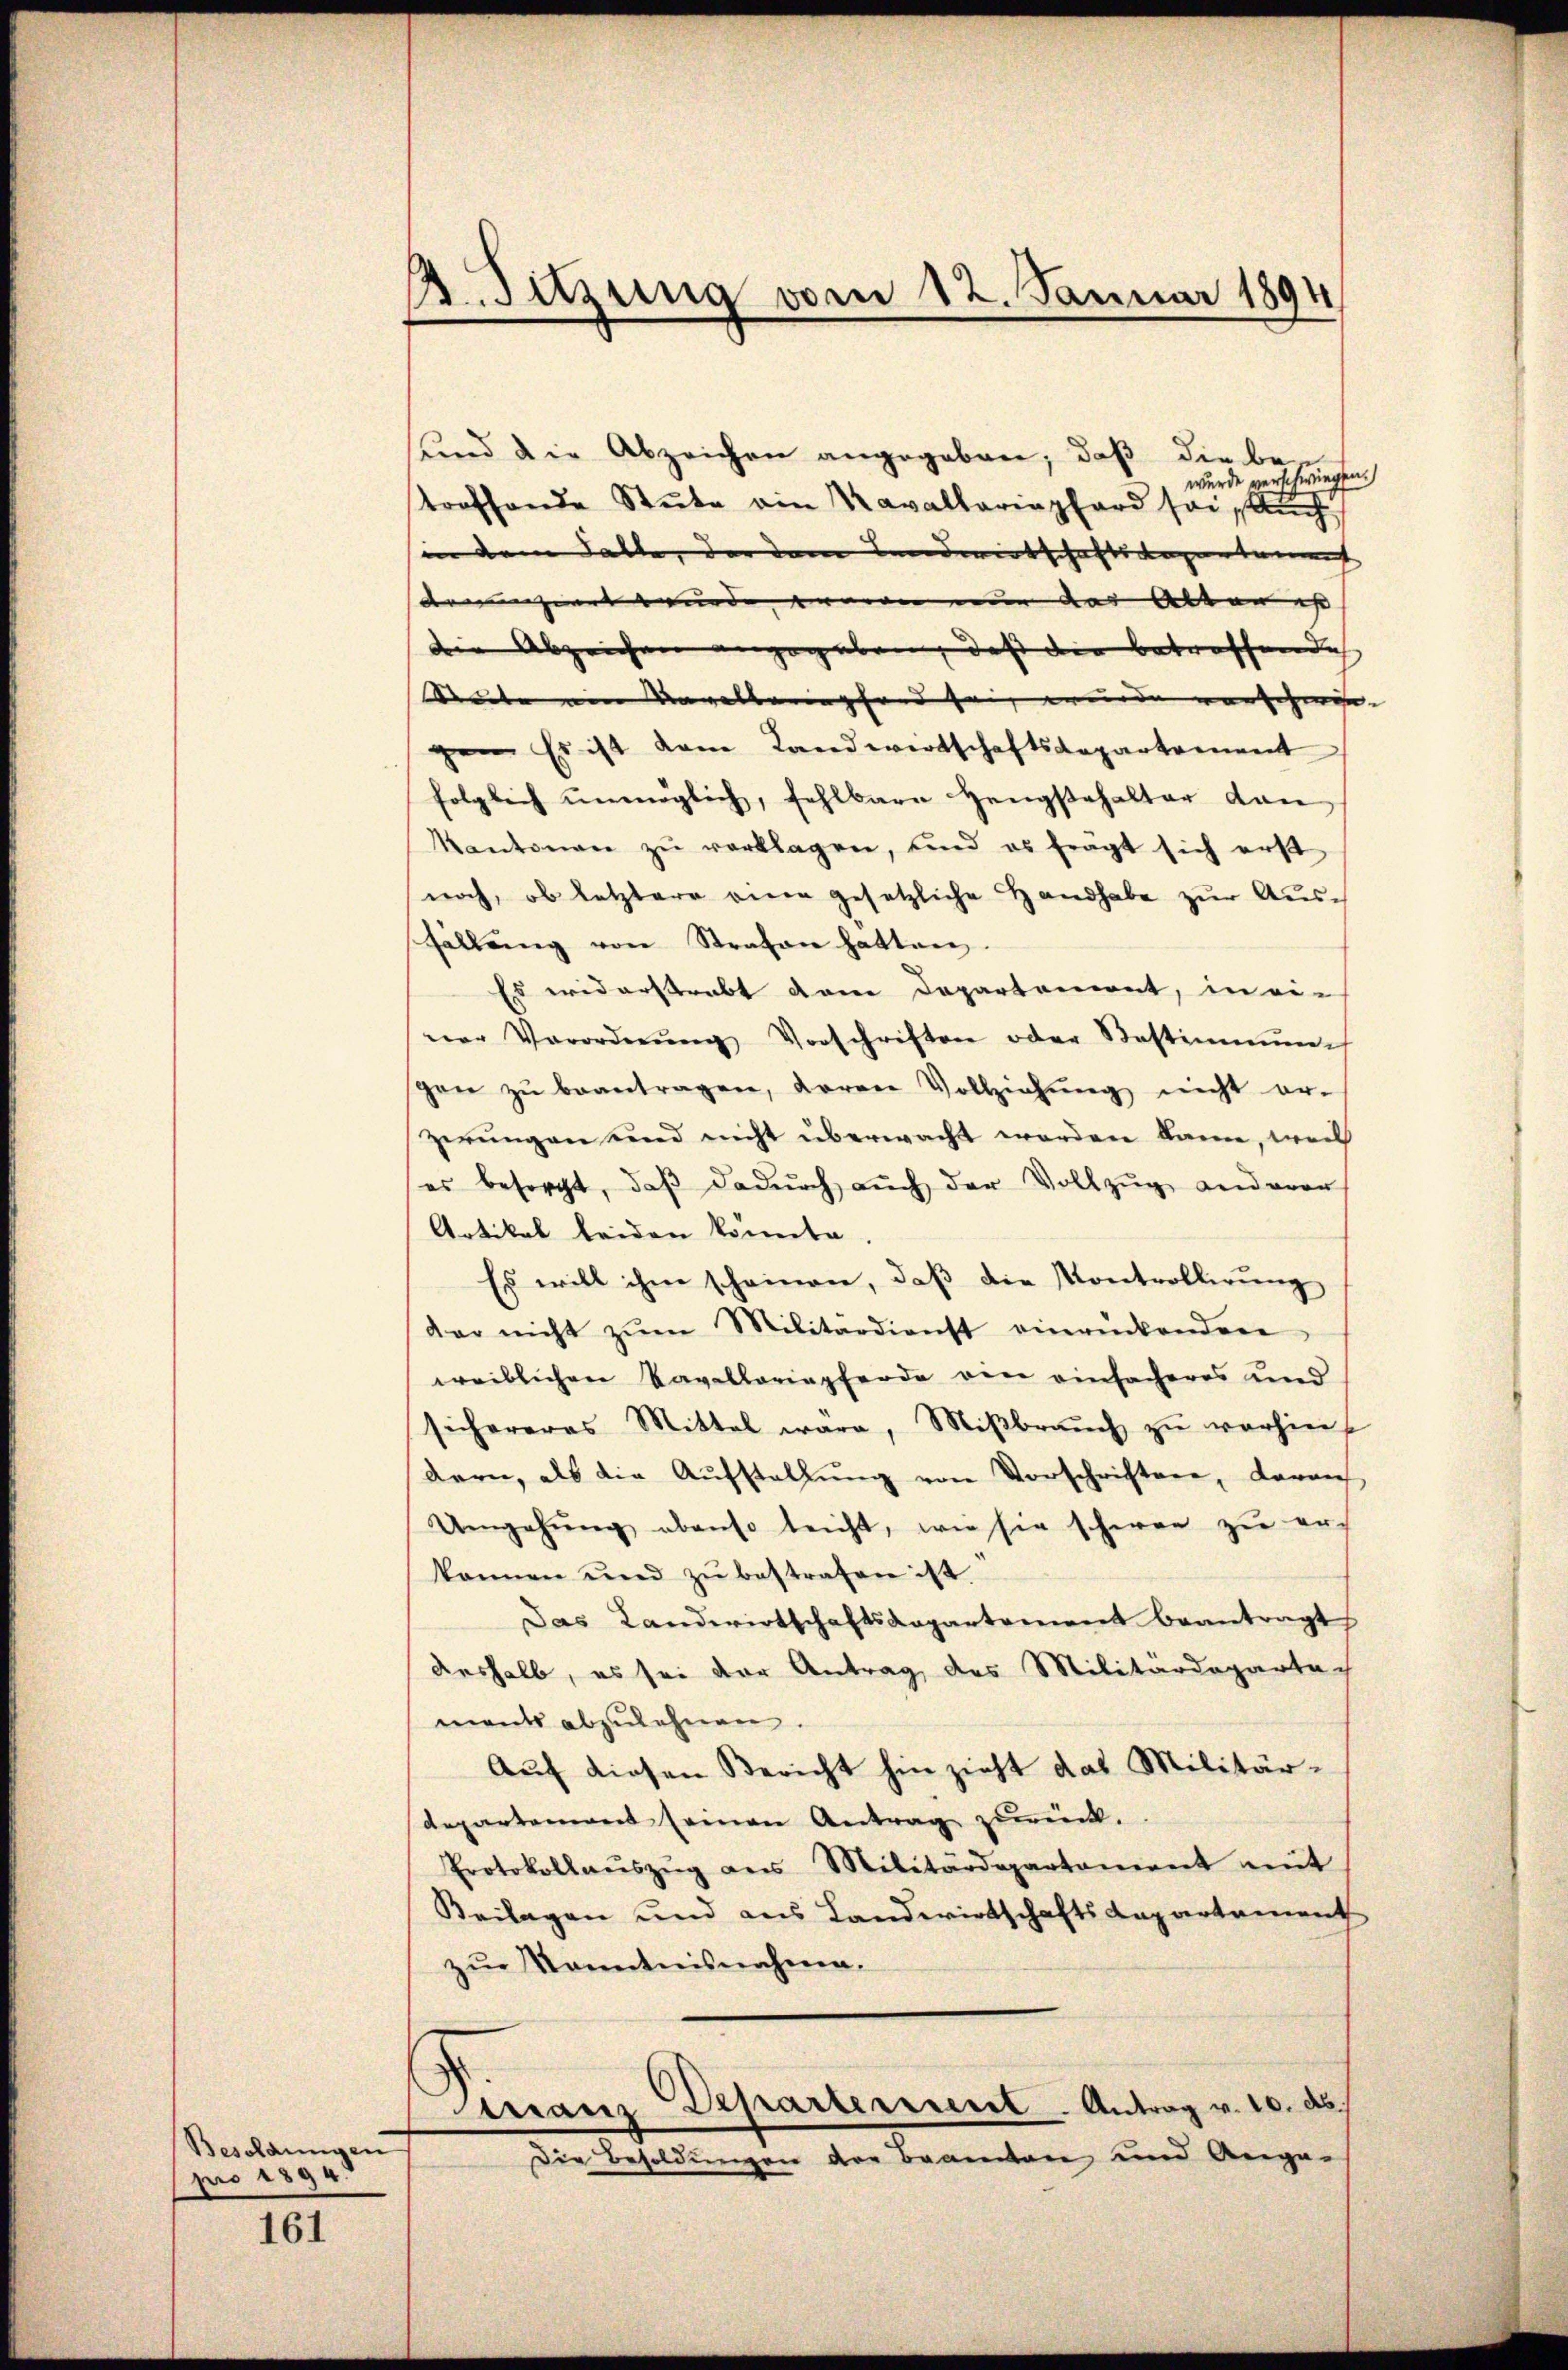
Besoldungen
pro 1894.

161

B sezung vom 12. Januar 1894

und die Abzeichen angegeben, daß die bewurde verschwiegen.
troffende Stube ein Kavallariaphard sei auch
in dem Falle, der dem Landwirtschaftsagentum
demanziert wurde, wovon nur das Alten ist
die Abzeichen angegeben, daß die betreffende
Seude ein Ungelbarenpfand sei, wurde vorschenge
gen. Es ist dem Landwirtschaftsdepartement
folglich ŭnmöglich, fehlbare Hengstehalter dan
Kantonen zŭ verklagen, und es fragt sich erst
noch, ob letztere ener gesetzliche Handhabe zur Ausfällŭng von Strafen hatten
Es widerstrebt dem Departement, in ein
ner Verordnŭng Vorschriften oder Bestimmen
gen zŭ beantragen, daran Vollziehung nicht er-
zerungen und nicht überwacht worden kann, weil
es besorgt, daβ dadŭrch auch der Vollzŭg anderer
Artikal beiden könnte
Es will ihm scheinen, daß die Kontrollirung
dar nicht zŭm Militärdienst einrückenden
weiblichen Kavellariapferde ein einfacheres und
sichereres Mittel wäre, Miβbraŭch zŭ verhin
dern, als die Aŭfstellŭng von Vorschriften, daran
Umgehŭng abenso leicht, wie sie schwer zŭ er
können und zŭ bestrafen ist
Das Landwirtschaftsdepartement beantragt
deshalb, es sei der Antrag des Militärdepartach
ments abzulehnen.
Auf diesen Bericht hin zieht das Militär¬
Repartement seinen Antrag zurück.
Protokollaŭszŭg ans Militärdepartement mit
Beilagen und aus Landwirtschafts-Kapartement
zur Kenntnisnahme.
Dirranz Departement. Antrag v. 10. d.
Die Besoldungen der Beamten und Ange-